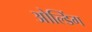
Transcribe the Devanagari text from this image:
ओल्डिंग